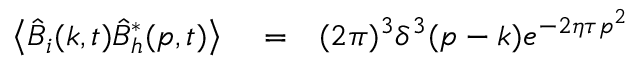
\begin{array} { r l r } { \left\langle \hat { B } _ { i } ( \boldsymbol { k } , t ) \hat { B } _ { h } ^ { \ast } ( \boldsymbol { p } , t ) \right\rangle } & { { } = } & { ( 2 \pi ) ^ { 3 } \delta ^ { 3 } ( \boldsymbol { p } - \boldsymbol { k } ) e ^ { - 2 \eta \tau \boldsymbol { p } ^ { 2 } } } \end{array}